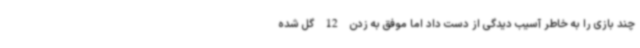
چند بازی را به خاطر آسیب دیدگی از دست داد اما موفق به زدن 12 گل شده